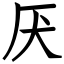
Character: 厌